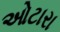
ઓટારા